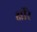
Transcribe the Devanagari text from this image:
क्षीरे